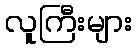
လူကြီးများ